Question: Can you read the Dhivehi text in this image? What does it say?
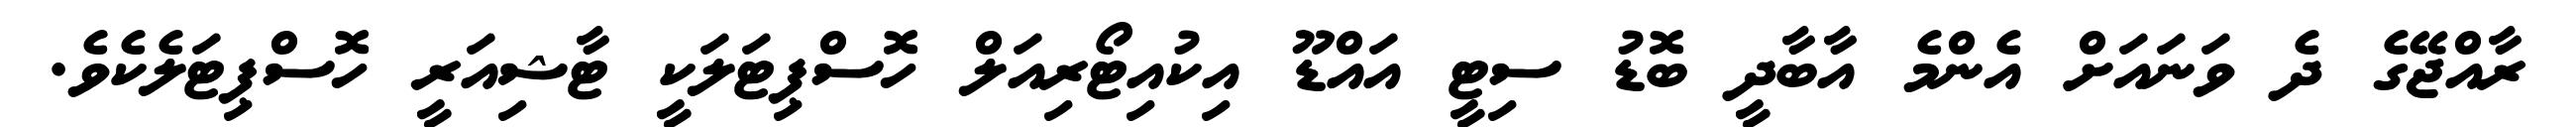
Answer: ރާއްޖޭގެ ދެ ވަނައަށް އެންމެ އާބާދީ ބޮޑު ސިޓީ އައްޑޫ އިކުއިޓޯރިއަލް ހޮސްޕިޓަލަކީ ޓާޝިއަރީ ހޮސްޕިޓަލެކެވެ.